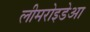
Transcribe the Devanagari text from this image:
लीमरोइडेआ